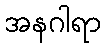
အနဂါရာ